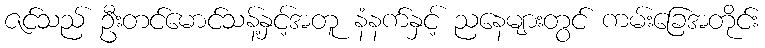
ဇင်သည် ဦးတင်မောင်သန့်နှင့်အတူ နံနက်နှင့် ညနေများတွင် ကမ်းခြေအတိုင်း